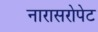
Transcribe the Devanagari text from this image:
नारासरोपेट